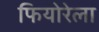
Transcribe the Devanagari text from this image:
फियोरेला